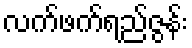
လက်ဖက်ရည်ဇွန်း